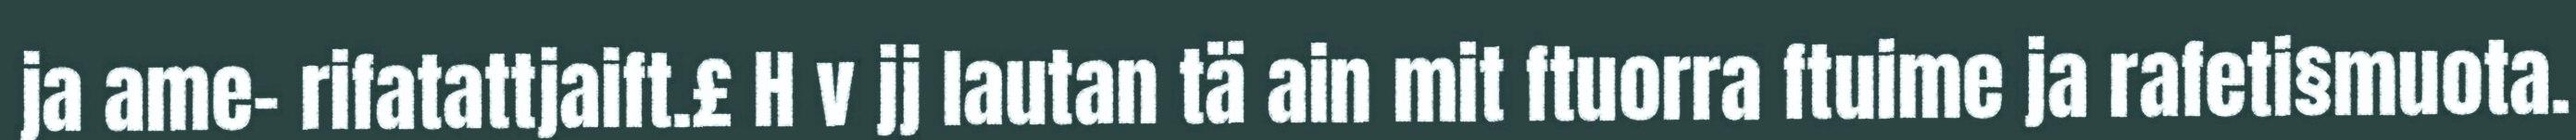
ja ame- rifatattjaift.£ H v jj lautan tä ain mit ftuorra ftuime ja rafeti§muota.